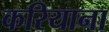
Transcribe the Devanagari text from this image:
करियाना